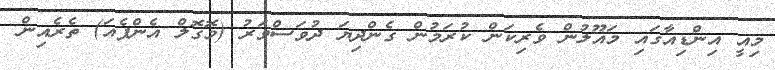
މިއީ އިންޑިއާގައި މަޣޫލުން ވެރިކަން ކުރަމުން ގެންދިޔަ ދުވަސްވަރު (މޮގޮލް އެންޕެއަ) ތެރެއިން